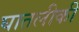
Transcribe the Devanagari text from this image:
घातलीकी